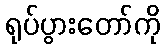
ရုပ်ပွားတော်ကို